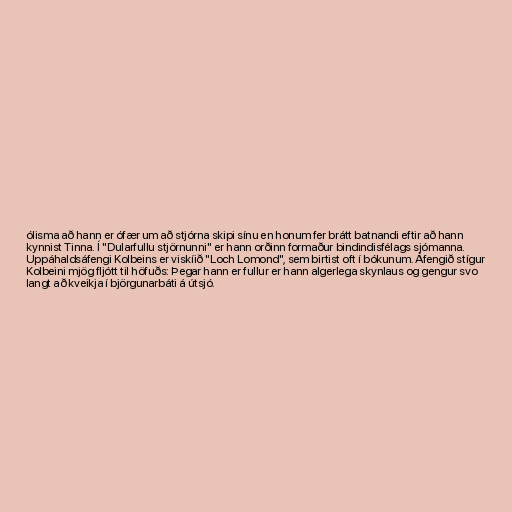
ólisma að hann er ófær um að stjórna skipi sínu en honum fer brátt batnandi eftir að hann
kynnist Tinna. Í "Dularfullu stjörnunni" er hann orðinn formaður bindindisfélags sjómanna.
Uppáhaldsáfengi Kolbeins er viskíið "Loch Lomond", sem birtist oft í bókunum. Áfengið stígur
Kolbeini mjög fljótt til höfuðs: Þegar hann er fullur er hann algerlega skynlaus og gengur svo
langt að kveikja í björgunarbáti á útsjó.